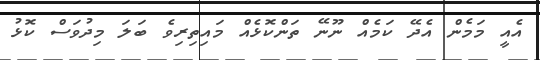
އެއީ މަމެން އެދޭ ކަމެއް ނޫނޭ ތަންކޮޅެއް މައިތިރިވެ ބަލަ މިދުވަސް ކޮޅު